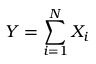
Y = \sum _ { i = 1 } ^ { N } X _ { i }